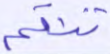
تنقم